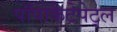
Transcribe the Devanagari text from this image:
पॉपोकैटेपेट्ल